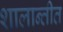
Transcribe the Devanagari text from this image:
शालान्तीत